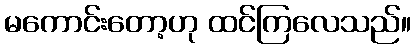
မကောင်းတော့ဟု ထင်ကြလေသည်။